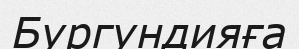
Бургундияға